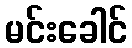
မင်းခေါင်